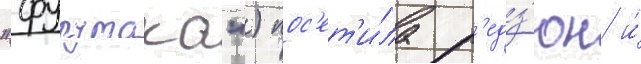
"фурутака") пос'ет'и́ла р'едз'юн и́